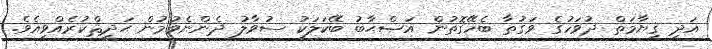
އަދި ޤިޔާމަތް ދުވަހުގެ ވަގުތާ ބެހޭގޮތުން އަޞްޙާބު ބޭކަލަކު ސުވާލު ދެންނެވުމުން ޙަދީޘްކުރެއްވިއެވެ.